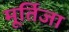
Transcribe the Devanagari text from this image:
मूर्तिजा